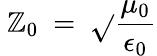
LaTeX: ~\mathbb{Z}_{0}~=~{\sqrt{}{{\frac{{\mu_{0}}}{{\epsilon_{0}}}}}}